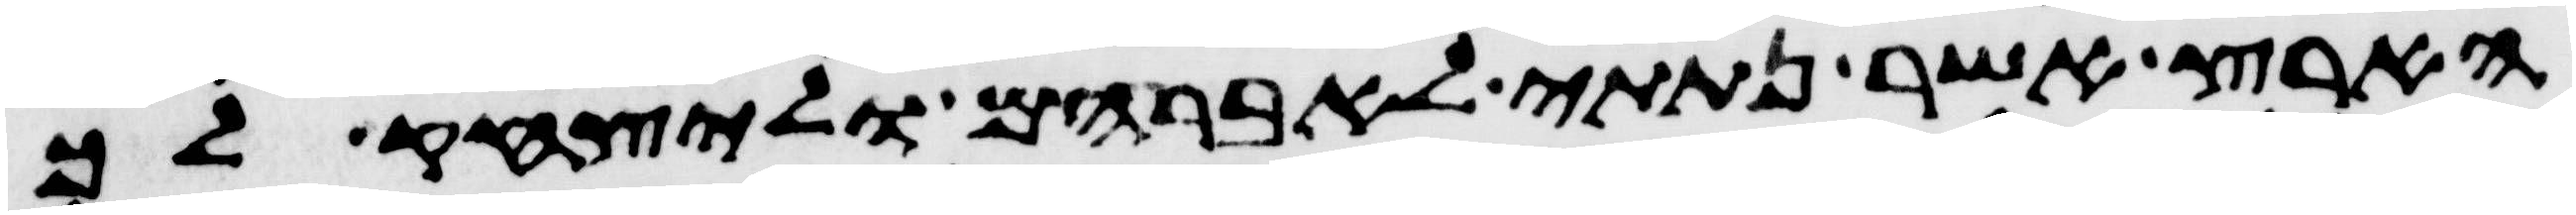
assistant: הארץ אשר נתתי לאברהם וליצחק לך